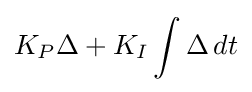
K_{P}\Delta +K_{I}\int \Delta \,dt